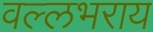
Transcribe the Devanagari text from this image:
वल्‍लभराय